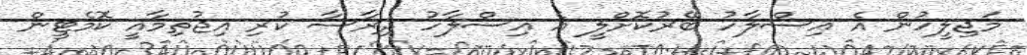
މަޖިލީހުން އެ އިސްލާހު ބޭރުކޮށްލީ އެ އިސްލާހު ދިރާސާ ކުރި އިޖުތިމާއީ ކޮމެޓީން